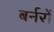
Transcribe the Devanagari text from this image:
बर्नरों